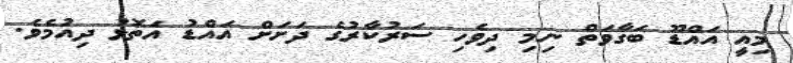
މިއީ އައްޑޫ ބަގާވަތް ނިމި ދިވެހި ސަރުކާރުގެ ދަށަށް އައްޑު އަތޮޅު ދިއުމެވެ.